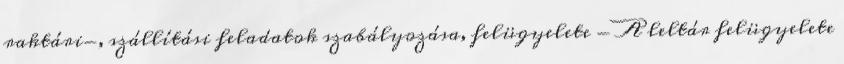
raktári-, szállítási feladatok szabályozása, felügyelete - A leltár felügyelete